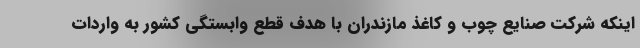
اینکه شرکت صنایع چوب و کاغذ مازندران با هدف قطع وابستگی کشور به واردات